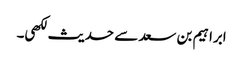
ابراہیم بن سعد سے حدیث لکھی۔